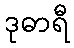
ဒုဓာရီ